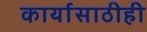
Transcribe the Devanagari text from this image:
कार्यासाठीही